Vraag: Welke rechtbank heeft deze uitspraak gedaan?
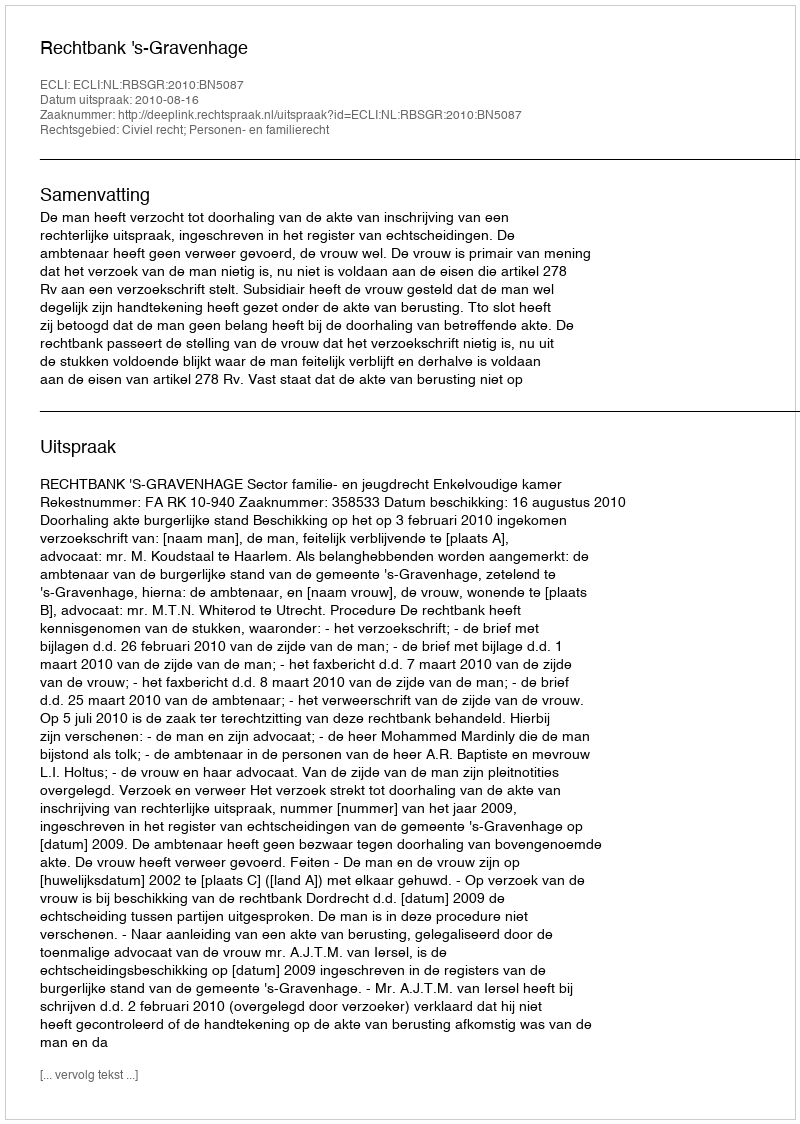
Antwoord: Rechtbank 's-Gravenhage